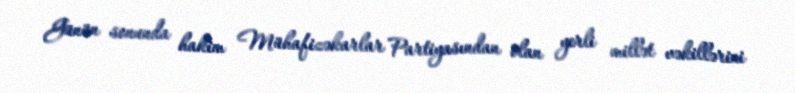
Günün sonunda hakim Mühafizəkarlar Partiyasından olan yerli millət vəkillərini